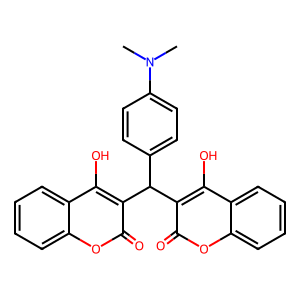
SMILES: CN(C)c1ccc(C(c2c(O)c3ccccc3oc2=O)c2c(O)c3ccccc3oc2=O)cc1
Inhibits HIV replication: No